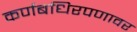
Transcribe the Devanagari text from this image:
कर्णबधिरपणावर